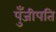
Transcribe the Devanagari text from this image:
पुँजीपति